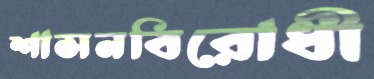
শাসনবিরোধী